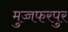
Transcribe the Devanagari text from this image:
मुज्जफरपुर